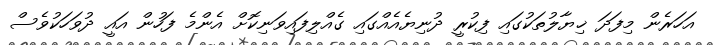
އަހަރެން މިފަދަ ޚިޔާލުތަކުގައި ފިކުރީ ދުނިޔެއެއްގައި ގެއްލިފައިވަނިކޮށް އެންމެ ފަހުން އައީ ދުވަހަކުވެސް